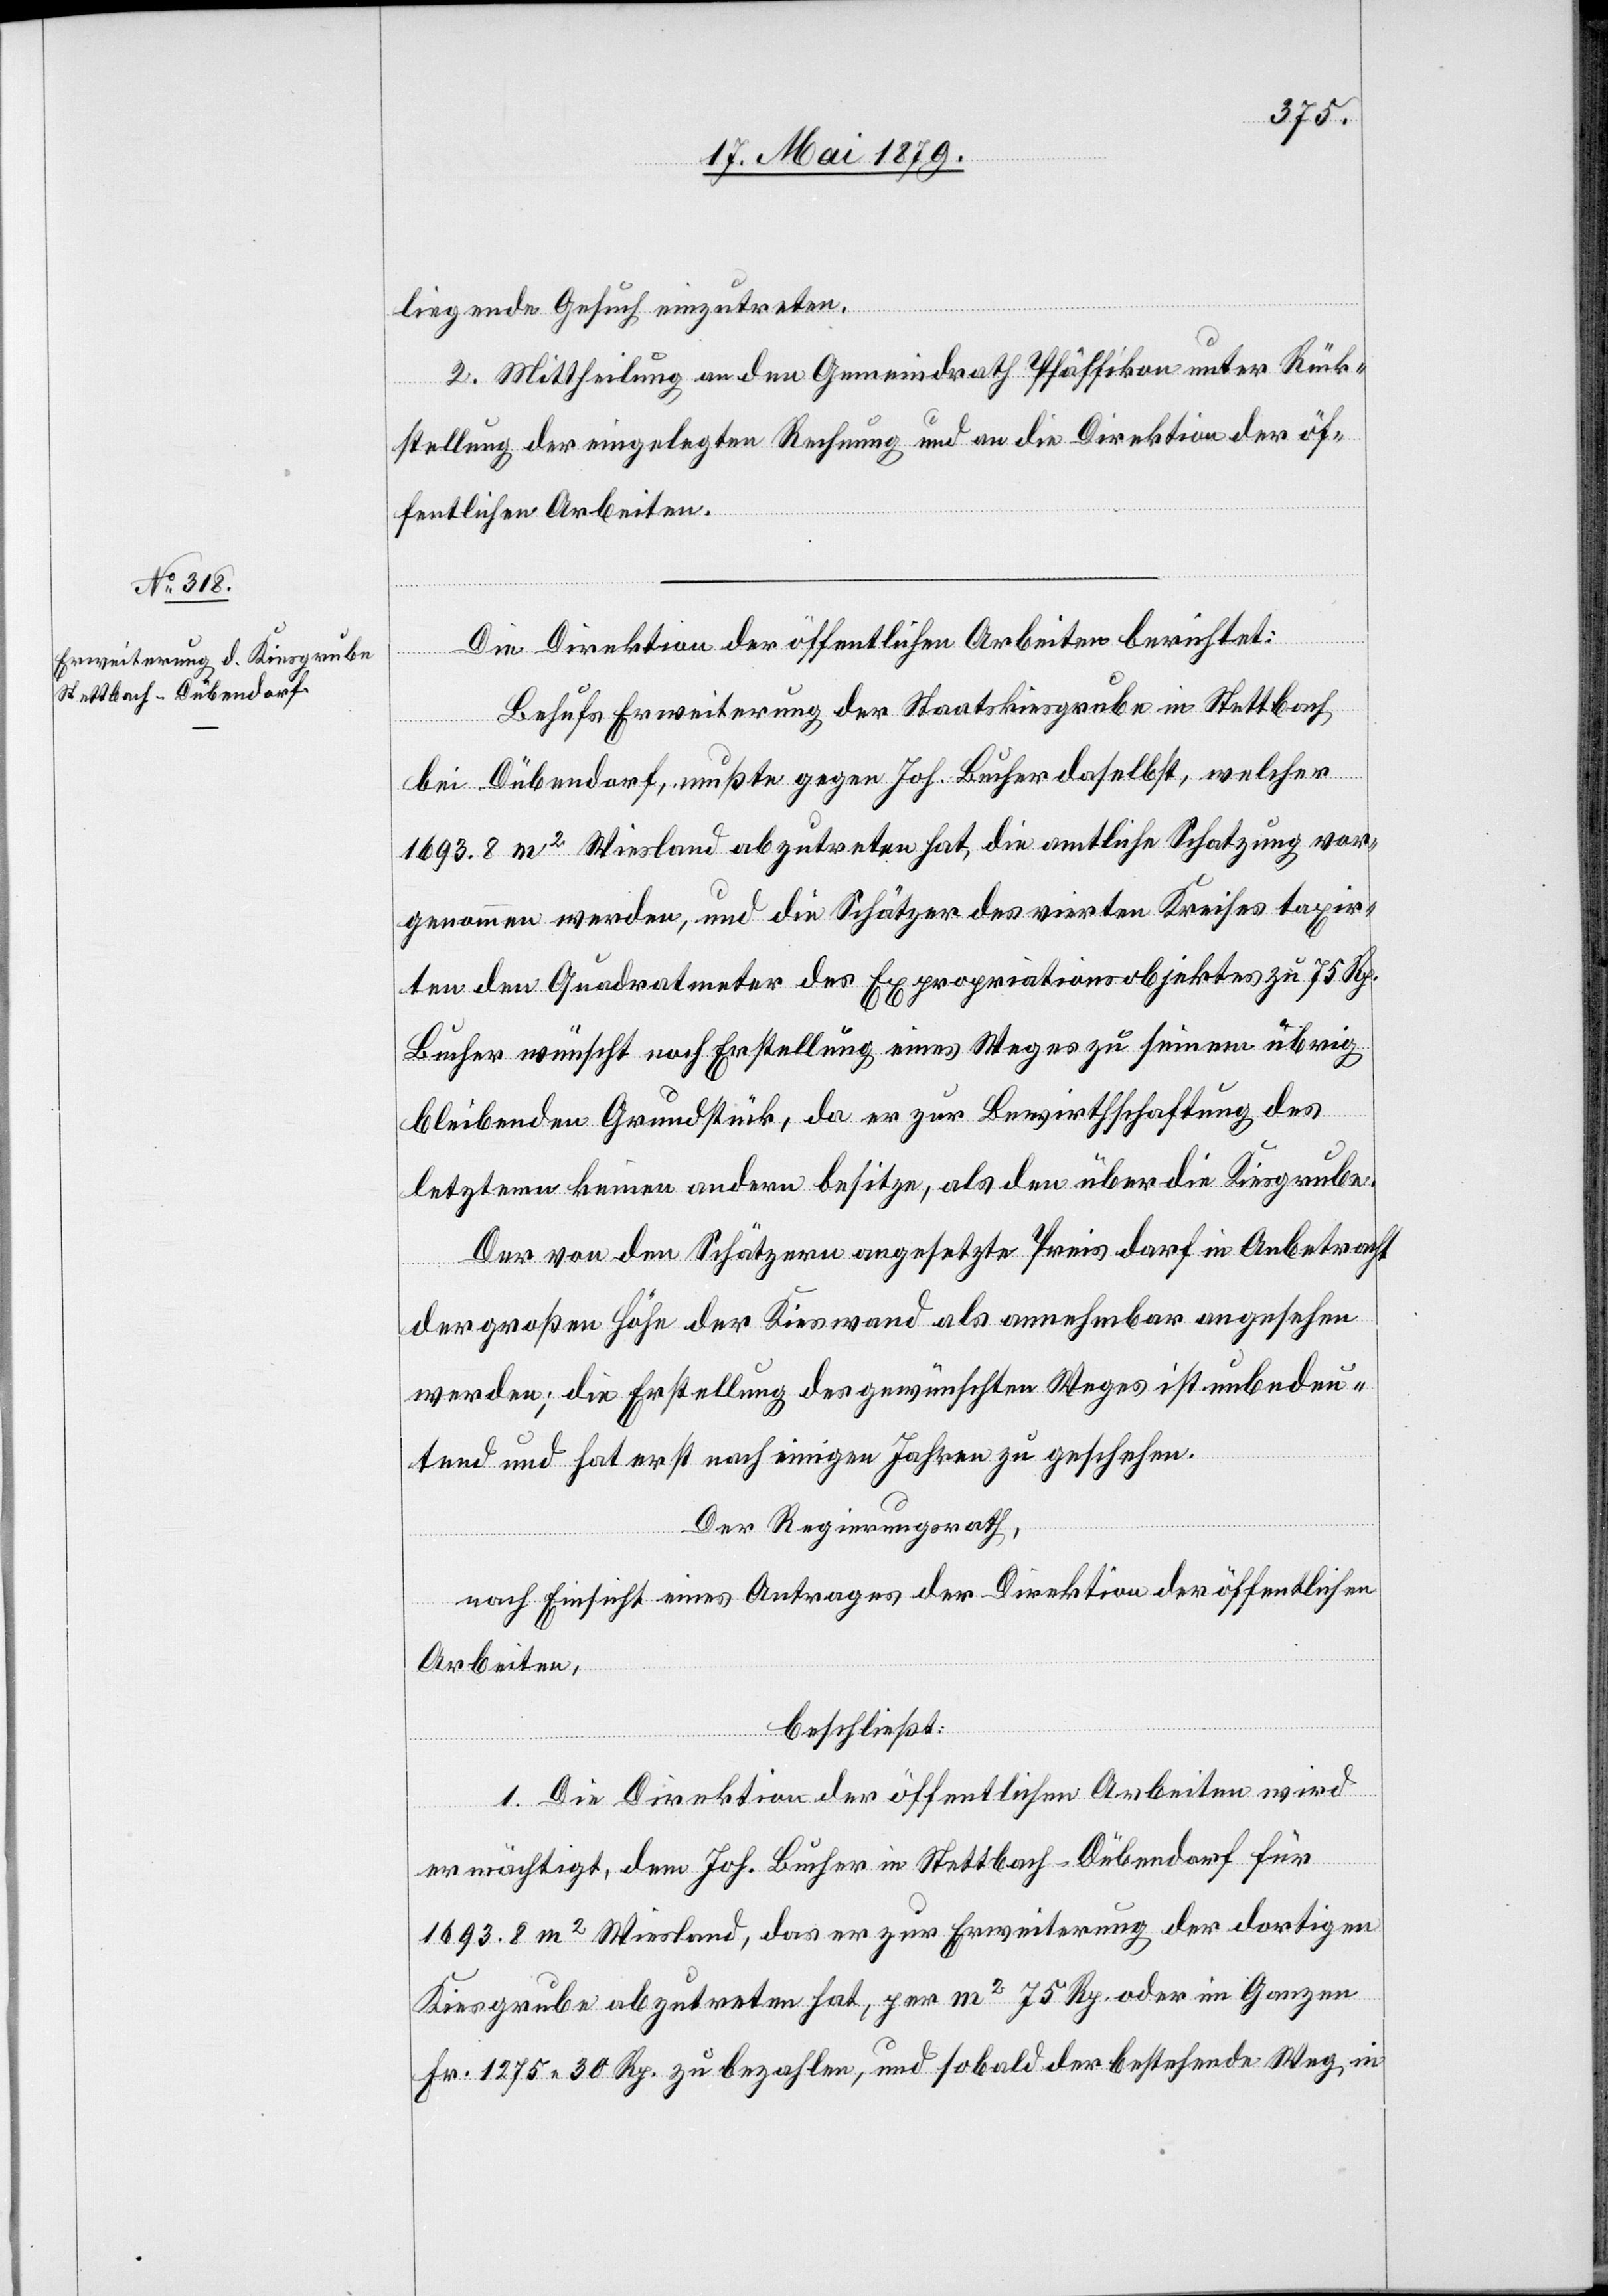
liegende Gesuch einzutreten.
2. Mittheilung an den Gemeindrath Pfäffikon unter Rück¬
stellung der eingelegten Rechnung und an die Direktion der öf¬
fentlichen Arbeiten.
Die Direktion der öffentlichen Arbeiten berichtet:
Behufs Erweiterung der Staatskiesgrube in Stettbach
bei Dübendorf, mußte gegen Joh. Bucher daselbst, welcher
1693.8 m2 Wiesland abzutreten hat, die amtliche Schatzung vor¬
genommen werden, und die Schätzer des vierten Kreises taxir¬
ten den Quadratmeter des Expropriationsobjektes zu 75 Rp.
Bucher wünscht noch Erstellung eines Weges zu seinem übrig
bleibenden Grundstück, da er zur Bewirthschaftung des
letztern keinen andern besitze, als den über die Kiesgrube.
Der von den Schätzern angesetzte Preis darf in Anbetracht
der großen Höhe der Kieswand als annehmbar angesehen
werden; die Erstellung des gewünschten Weges ist unbedeu¬
tend und hat erst nach einigen Jahren zu geschehen.
Der Regierungsrath,
nach Einsicht eines Antrages der Direktion der öffentlichen
Arbeiten,
beschließt:
1. Die Direktion der öffentlichen Arbeiten wird
ermächtigt, dem Joh. Bucher in Stettbach - Dübendorf für
1693.8 m2 Wiesland, das er zur Erweiterung der dortigen
Kiesgrube abzutreten hat, per m2 75 Rp. oder im Ganzen
Fr. 1275 30 Rp. zu bezahlen, und sobald der bestehende Weg in